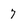
Character: 7